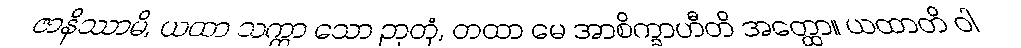
ဇာနိဿာမိ, ယထာ သက္ကာ သော ဉာတုံ, တထာ မေ အာစိက္ခာဟီတိ အတ္ထော။ ယထာတိ ဝါ